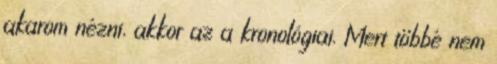
akarom nézni, akkor az a kronológiai. Mert többé nem